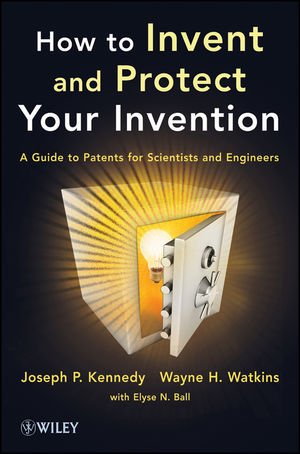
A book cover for How to Invent and Protect Your Invention: A Guide to Patents for Scientists and Engineers; Joseph P. Kennedy; Law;